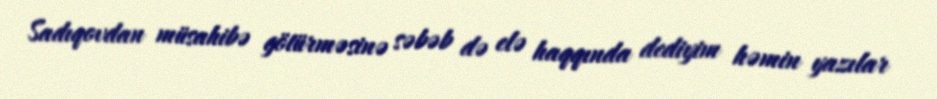
Sadıqovdan müsahibə götürməsinə səbəb də elə haqqında dediyim həmin yazılar